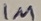
Text: 1M